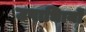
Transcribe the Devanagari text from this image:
उपाधिायों